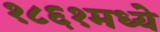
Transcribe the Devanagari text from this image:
१८६१मध्ये